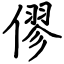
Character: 僇